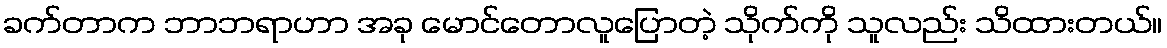
ခက်တာက ဘာဘရာဟာ အခု မောင်တောလူပြောတဲ့ သိုက်ကို သူလည်း သိထားတယ်။